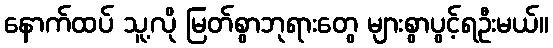
နောက်ထပ် သူ့လို မြတ်စွာဘုရားတွေ များစွာပွင့်ရဦးမယ်။